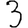
Digit: 3